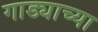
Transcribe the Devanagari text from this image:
गाड्याच्या